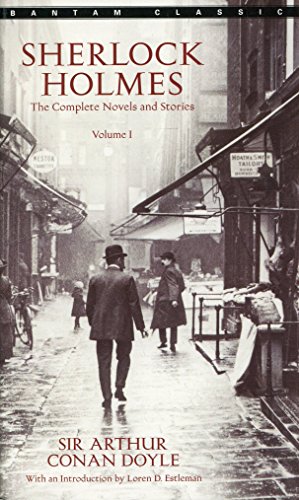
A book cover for Sherlock Holmes: The Complete Novels and Stories, Vol. 1; Sir Arthur Conan Doyle; Mystery, Thriller & Suspense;